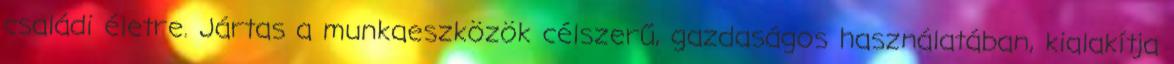
családi életre. Jártas a munkaeszközök célszerű, gazdaságos használatában, kialakítja